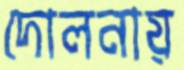
দোলনায়